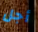
أجل